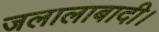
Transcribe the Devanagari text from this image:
जलालाबादी।